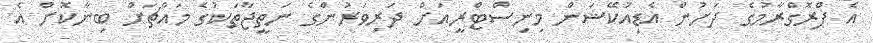
އެ ޕްރޮގްރާމުގެ ދަށުން އެޑިއުކޭޝަން މިނިސްޓްރީއަށް ދަރިވަރުންގެ ނަތީޖާތަކުގެ މައްޗަށް ބިނާކޮށް އެ